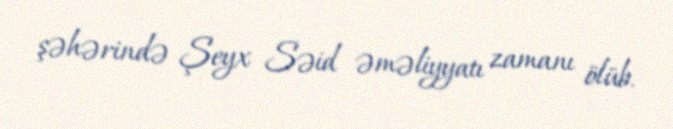
şəhərində Şeyx Səid əməliyyatı zamanı ölüb.